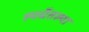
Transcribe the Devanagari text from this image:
स्पर्धेतल्या